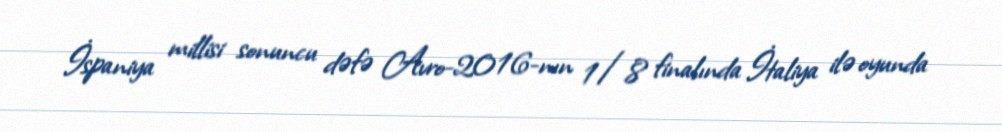
İspaniya millisi sonuncu dəfə Avro-2016-nın 1/8 finalında İtaliya ilə oyunda